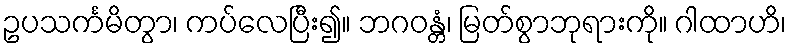
ဥပသင်္ကမိတွာ၊ ကပ်လေပြီး၍။ ဘဂဝန္တံ၊ မြတ်စွာဘုရားကို။ ဂါထာဟိ၊